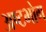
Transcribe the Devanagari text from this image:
अष्टभोग